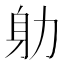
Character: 𭄨